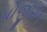
પોજીશન